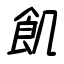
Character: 飢